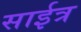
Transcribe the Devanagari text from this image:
साईत्र